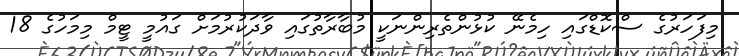
މިފަހަރުގެ ސްކޮޑްގައި ހިމެނޭ ކުޅުންތެރިންނަކީ މުބާރާތުގައި ވާދަކުރުމަށް ގައުމީ ޓީމް މިމަހުގެ 18